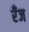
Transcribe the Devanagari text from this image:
रँज